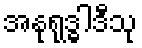
အနုရုဒ္ဓါဒီသု